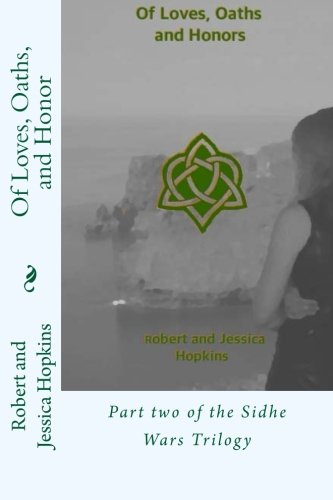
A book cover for Of Loves, Oaths, and Honor: Part two of the Sidhe Wars Trilogy (Volume 2); Robert Allan Hopkins; Romance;